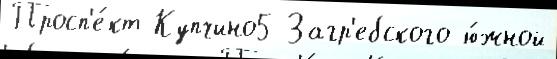
Просп'е́кт Купчино5 Загр'ебского ю́жной